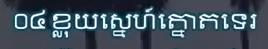
០៤ ខ្លុយស្នេហ៍ត្នោតទេរ